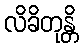
လိခိတုန္တိ